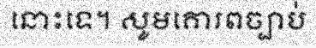
នោះទេ។ សូមគោរពច្បាប់